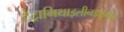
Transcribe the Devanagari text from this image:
टेट्रामिथाइलीनडाईमीन